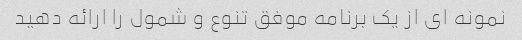
نمونه ای از یک برنامه موفق تنوع و شمول را ارائه دهید